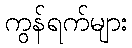
ကွန်ရက်များ